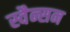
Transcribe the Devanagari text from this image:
स्वैन्सन